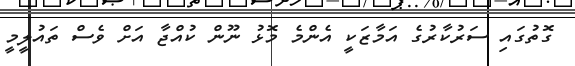
ގޮތުގައި ސަރުކާރުގެ އަމާޒަކީ އެންމެ މޮޅު ނޫން ކުއްޖާ އަށް ވެސް ތައުލީމީ